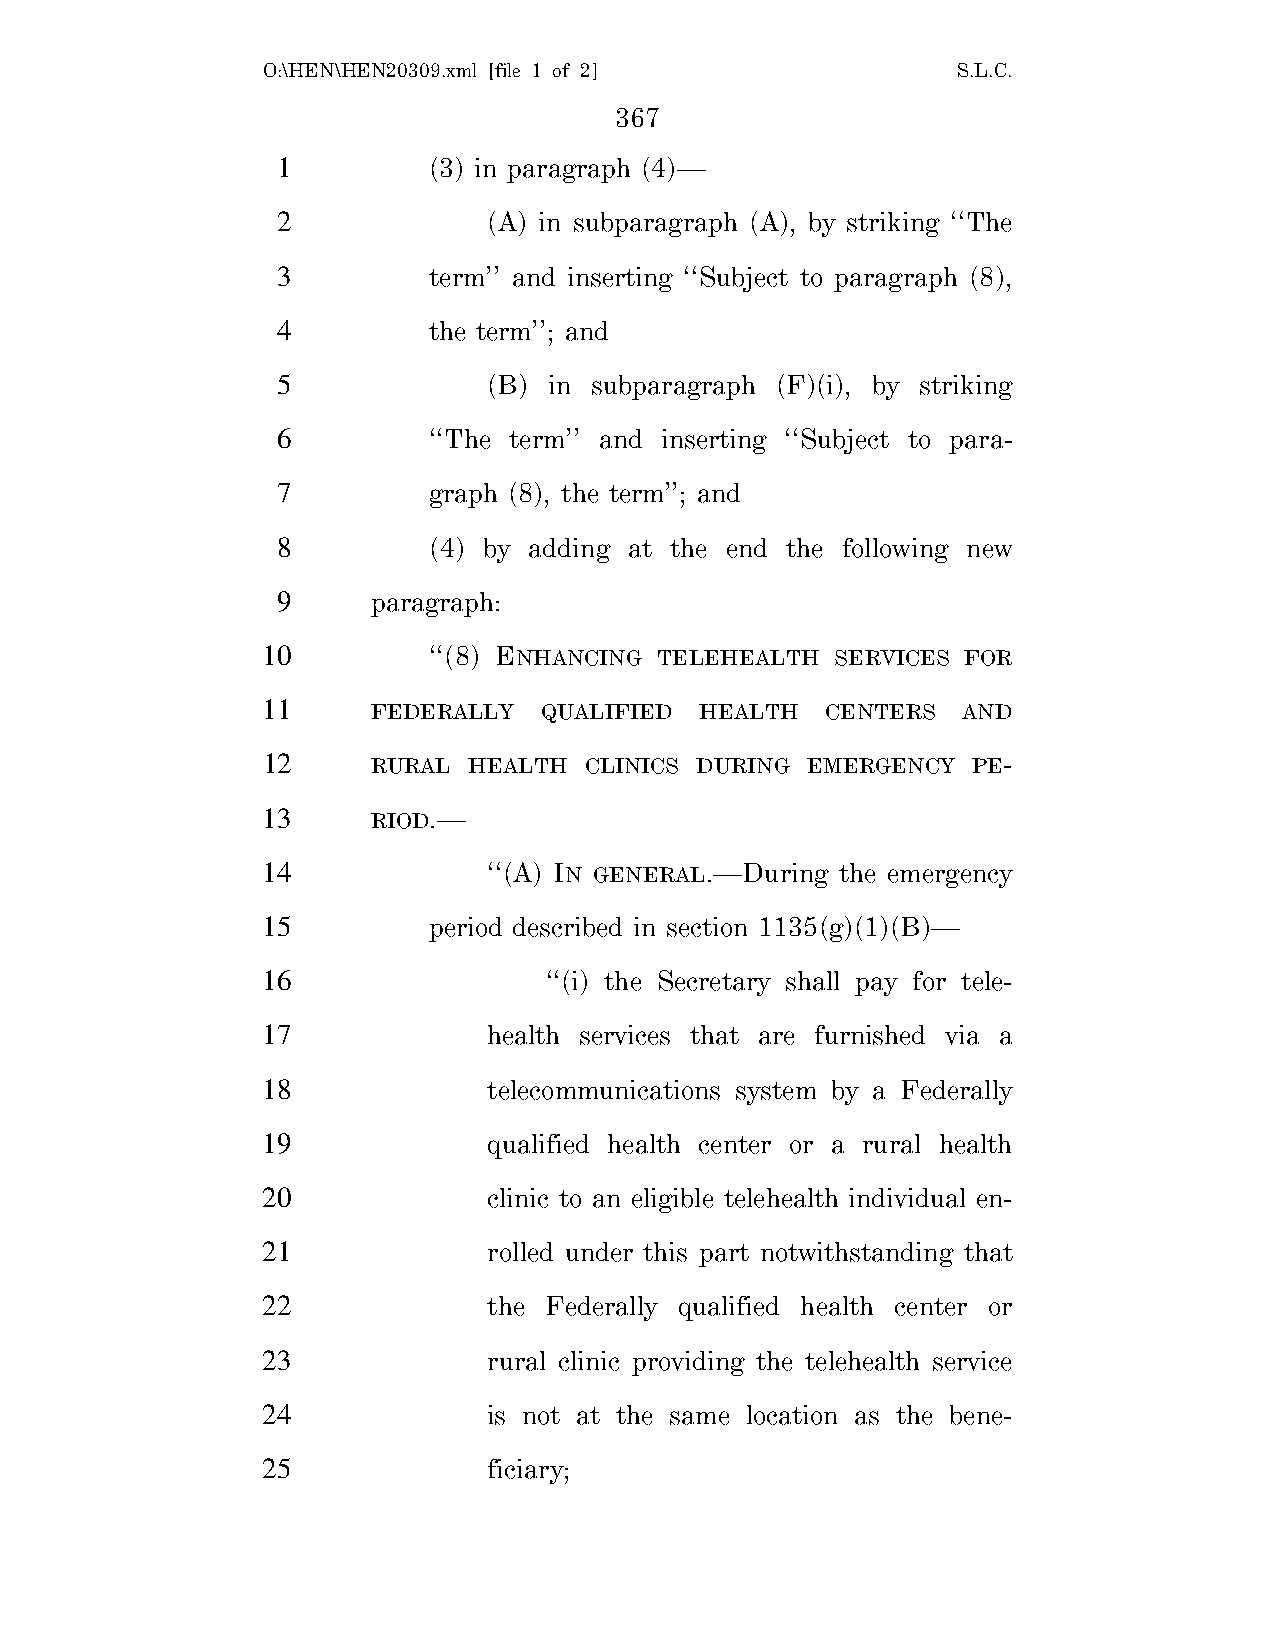
O:\HEN\HEN20309.xml [file 1 of 2]             S.L.C.
 367
 1         (3) in paragraph (4)—
 2             (A) in subparagraph (A), by striking ‘‘The
 3         term’’ and inserting ‘‘Subject to paragraph (8),
 4         the term’’; and
 5             (B) in subparagraph (F)(i), by striking
 6         ‘‘The term’’ and inserting ‘‘Subject to para-
 7         graph (8), the term’’; and
 8         (4) by adding at the end the following new
 9      paragraph:
 10         ‘‘(8) ENHANCING TELEHEALTH SERVICES FOR
 11      FEDERALLY  QUALIFIED HEALTH   CENTERS  AND
 12      RURAL HEALTH  CLINICS DURING EMERGENCY PE-
 13      RIOD.—
 14             ‘‘(A) IN GENERAL.—During the emergency
 15         period described in section 1135(g)(1)(B)—
 16                 ‘‘(i) the Secretary shall pay for tele-
 17             health services that are furnished via a
 18             telecommunications system by a Federally
 19             qualified health center or a rural health
 20             clinic to an eligible telehealth individual en-
 21             rolled under this part notwithstanding that
 22             the Federally qualified health center or
 23             rural clinic providing the telehealth service
 24             is not at the same location as the bene-
 25             ficiary;